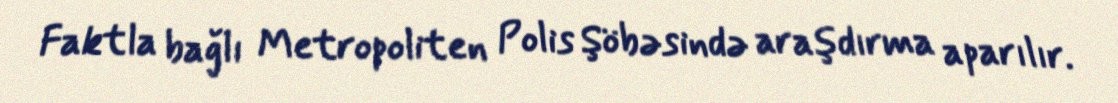
Faktla bağlı Metropoliten Polis Şöbəsində araşdırma aparılır.